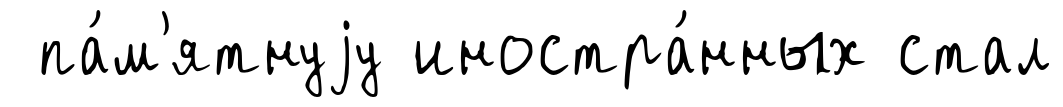
па́м'ятнуjу иностра́нных стал